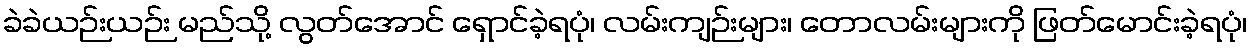
ခဲခဲယဉ်းယဉ်း မည်သို့ လွတ်အောင် ရှောင်ခဲ့ရပုံ၊ လမ်းကျဉ်းများ၊ တောလမ်းများကို ဖြတ်မောင်းခဲ့ရပုံ၊